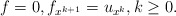
\begin{align*}f=0,f_{x^{k+1}}=u_{x^k},k\geq 0.\end{align*}